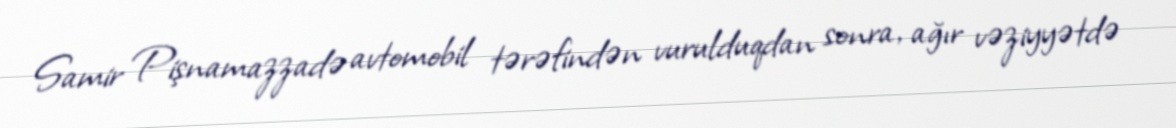
Samir Pişnamazzadə avtomobil tərəfindən vurulduqdan sonra, ağır vəziyyətdə